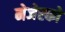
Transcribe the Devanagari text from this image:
मेजेस्‍को